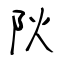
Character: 阦